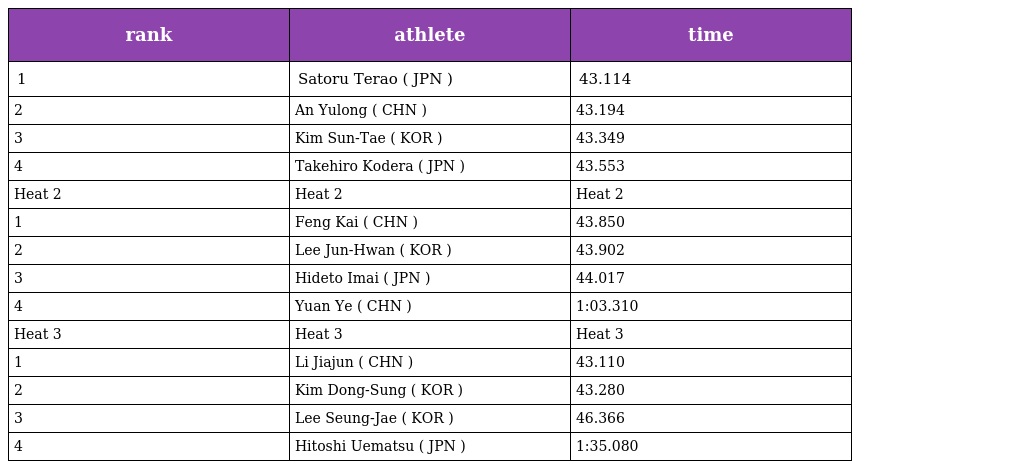
| rank | athlete | time |
 | --- | --- | --- |
 | 1 | Satoru Terao ( JPN ) | 43.114 |
 | 2 | An Yulong ( CHN ) | 43.194 |
 | 3 | Kim Sun-Tae ( KOR ) | 43.349 |
 | 4 | Takehiro Kodera ( JPN ) | 43.553 |
 | Heat 2 | Heat 2 | Heat 2 |
 | 1 | Feng Kai ( CHN ) | 43.850 |
 | 2 | Lee Jun-Hwan ( KOR ) | 43.902 |
 | 3 | Hideto Imai ( JPN ) | 44.017 |
 | 4 | Yuan Ye ( CHN ) | 1:03.310 |
 | Heat 3 | Heat 3 | Heat 3 |
 | 1 | Li Jiajun ( CHN ) | 43.110 |
 | 2 | Kim Dong-Sung ( KOR ) | 43.280 |
 | 3 | Lee Seung-Jae ( KOR ) | 46.366 |
 | 4 | Hitoshi Uematsu ( JPN ) | 1:35.080 |